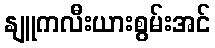
နျူကလီးယားစွမ်းအင်